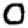
Digit: 0